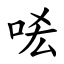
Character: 㖁